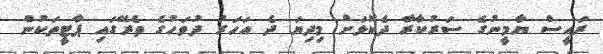
ރައީސް ޔާމީނުގެ ސަރުކާރާ ދެކޮޅަށް މިދިޔަ ދެ އަހަރު ދުވަހުގެ ތެރޭގައި ޕާޓީތަކުން